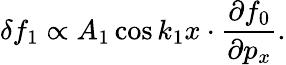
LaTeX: \delta f_{1}\propto A_{1}\cos k_{1}x\cdot\frac{\partial f_{0}}{\partial p_{x}}.